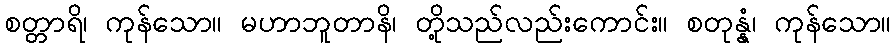
စတ္တာရိ၊ ကုန်သော။ မဟာဘူတာနိ၊ တို့သည်လည်းကောင်း။ စတုန္နံ၊ ကုန်သော။